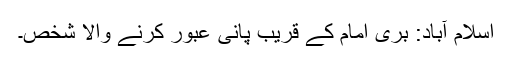
اسلام آباد: بری امام کے قریب پانی عبور کرنے والا شخص۔